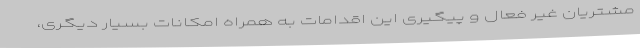
مشتریان غیر فعال و پیگیری این اقدامات به همراه امکانات بسیار دیگری،